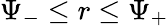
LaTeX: \Psi_{-}\leq r\leq\Psi_{+}